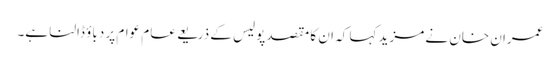
عمران خان نے مزید کہا کہ ان کا مقصد پولیس کے ذریعے عام عوام پر دباؤ ڈالنا ہے۔